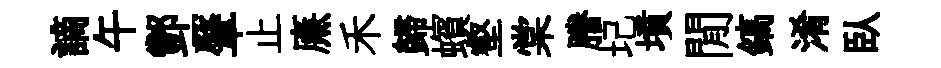
謫午酆-肇止㢘禾歸蠙壑棠謄圮墳閒鎬淆臥